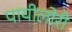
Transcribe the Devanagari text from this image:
पायीलोरी